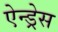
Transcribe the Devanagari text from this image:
ऐन्‍ड्रेस